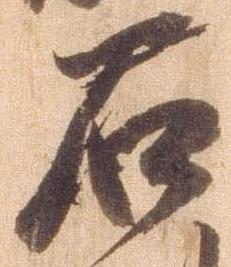
石